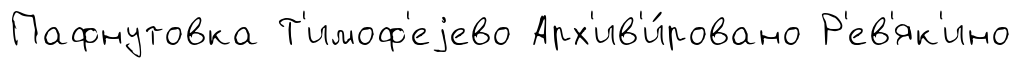
Пафнутовка Т'имоф'еjево Арх'ив'и́ровано Р'ев'як'ино